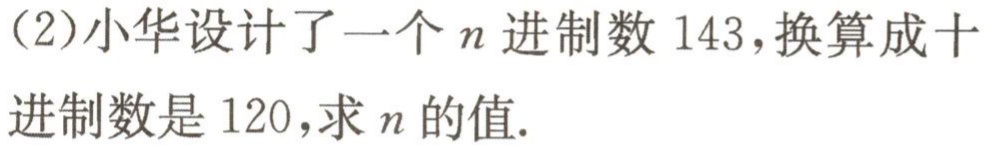
(2)小华设计了一个\(n\)进制数\(143\)，换算成十进制数是\(120\)，求\(n\)的值.